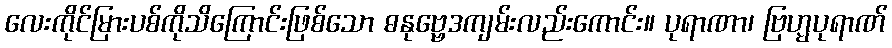
လေးကိုင်မြားပစ်ကိုသိကြောင်းဖြစ်သော ဓနုဗ္ဗေဒကျမ်းလည်းကောင်း။ ပုရာဏာ၊ ဗြဟ္မပုရာဏ်